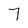
Character: 7